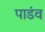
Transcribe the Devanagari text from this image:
पाडंव